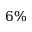
6 \%